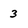
Character: 3